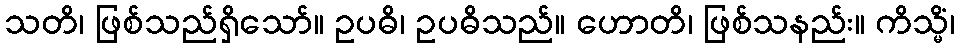
သတိ၊ ဖြစ်သည်ရှိသော်။ ဥပဓိ၊ ဥပဓိသည်။ ဟောတိ၊ ဖြစ်သနည်း။ ကိသ္မိံ၊